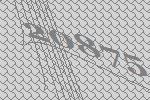
20875